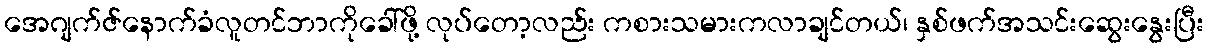
အေဂျက်ဇ်နောက်ခံလူတင်ဘာကိုခေါ်ဖို့ လုပ်တော့လည်း ကစားသမားကလာချင်တယ်၊ နှစ်ဖက်အသင်းဆွေးနွေးပြီး